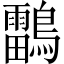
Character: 𪆼